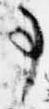
事